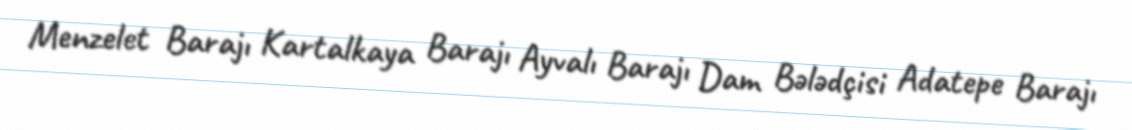
Menzelet Barajı Kartalkaya Barajı Ayvalı Barajı Dam Bələdçisi Adatepe Barajı